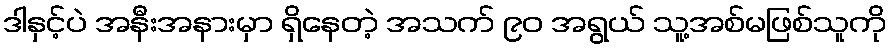
ဒါနှင့်ပဲ အနီးအနားမှာ ရှိနေတဲ့ အသက် ၉၀ အရွယ် သူ့အစ်မဖြစ်သူကို